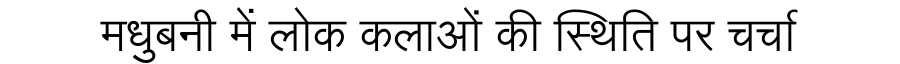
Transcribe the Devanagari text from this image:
मधुबनी में लोक कलाओं की स्थिति पर चर्चा